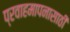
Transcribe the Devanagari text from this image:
प्रवाहमापनासाठी